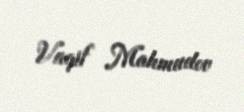
Vaqif Mahmudov